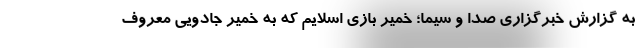
به گزارش خبرگزاری صدا و سیما؛ خمیر بازی اسلایم که به خمیر جادویی معروف